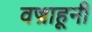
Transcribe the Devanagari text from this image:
वज्राहूनी